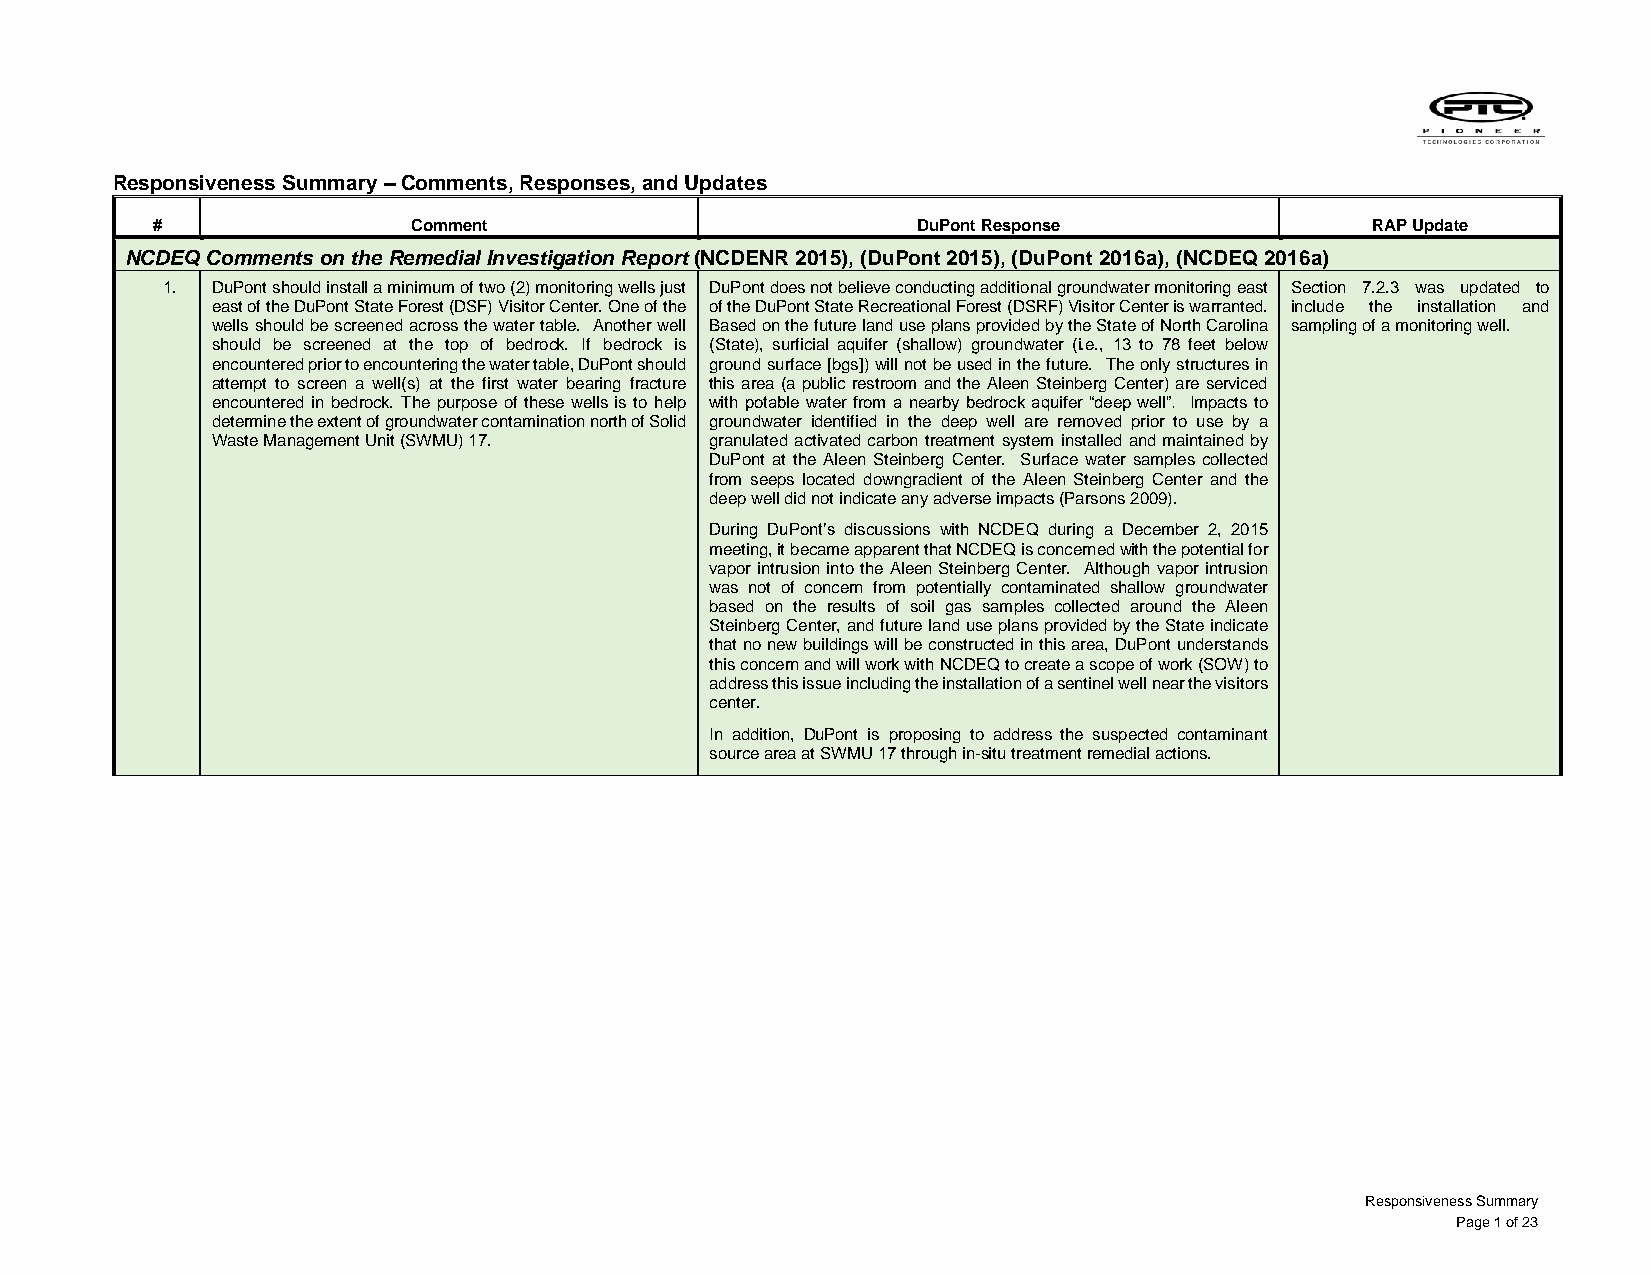
Responsiveness Summary – Comments, Responses, and Updates
 #                Comment                           DuPont Response               RAP Update
 NCDEQ Comments on the Remedial Investigation Report (NCDENR 2015), (DuPont 2015), (DuPont 2016a), (NCDEQ 2016a)
 1. DuPont should install a minimum of two (2) monitoring wells just DuPont does not believe conducting additional groundwater monitoring east Section 7.2.3 was updated to
 east of the DuPont State Forest (DSF) Visitor Center. One of the of the DuPont State Recreational Forest (DSRF) Visitor Center is warranted. include the installation and
 wells should be screened across the water table. Another well Based on the future land use plans provided by the State of North Carolina sampling of a monitoring well.
 should be screened at the top of bedrock. If bedrock is (State), surficial aquifer (shallow) groundwater (i.e., 13 to 78 feet below
 encountered prior to encountering the water table, DuPont should ground surface [bgs]) will not be used in the future. The only structures in
 attempt to screen a well(s) at the first water bearing fracture this area (a public restroom and the Aleen Steinberg Center) are serviced
 encountered in bedrock. The purpose of these wells is to help with potable water from a nearby bedrock aquifer “deep well”. Impacts to
 determine the extent of groundwater contamination north of Solid groundwater identified in the deep well are removed prior to use by a
 Waste Management Unit (SWMU) 17. granulated activated carbon treatment system installed and maintained by
 DuPont at the Aleen Steinberg Center. Surface water samples collected
 from seeps located downgradient of the Aleen Steinberg Center and the
 deep well did not indicate any adverse impacts (Parsons 2009).
 During DuPont’s discussions with NCDEQ during a December 2, 2015
 meeting, it became apparent that NCDEQ is concerned with the potential for
 vapor intrusion into the Aleen Steinberg Center. Although vapor intrusion
 was not of concern from potentially contaminated shallow groundwater
 based on the results of soil gas samples collected around the Aleen
 Steinberg Center, and future land use plans provided by the State indicate
 that no new buildings will be constructed in this area, DuPont understands
 this concern and will work with NCDEQ to create a scope of work (SOW) to
 address this issue including the installation of a sentinel well near the visitors
 center.
 In addition, DuPont is proposing to address the suspected contaminant
 source area at SWMU 17 through in-situ treatment remedial actions.
 Responsiveness Summary
 Page 1 of 23